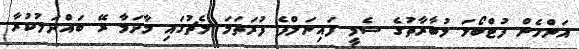
އަންހެން ފުޓްބޯޅަ މުބާރާތުގެ ސެމީ ފައިނަލްފެ ފުރަތަމަ މެޗުގައި މާދަމާ ރޭ ބައްދަލުކުރާ